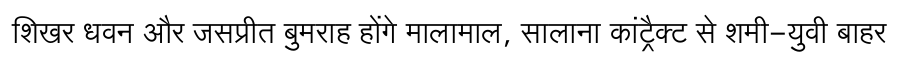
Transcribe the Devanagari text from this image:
शिखर धवन और जसप्रीत बुमराह होंगे मालामाल, सालाना कांट्रैक्ट से शमी-युवी बाहर